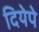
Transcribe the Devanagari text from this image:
दियेपे